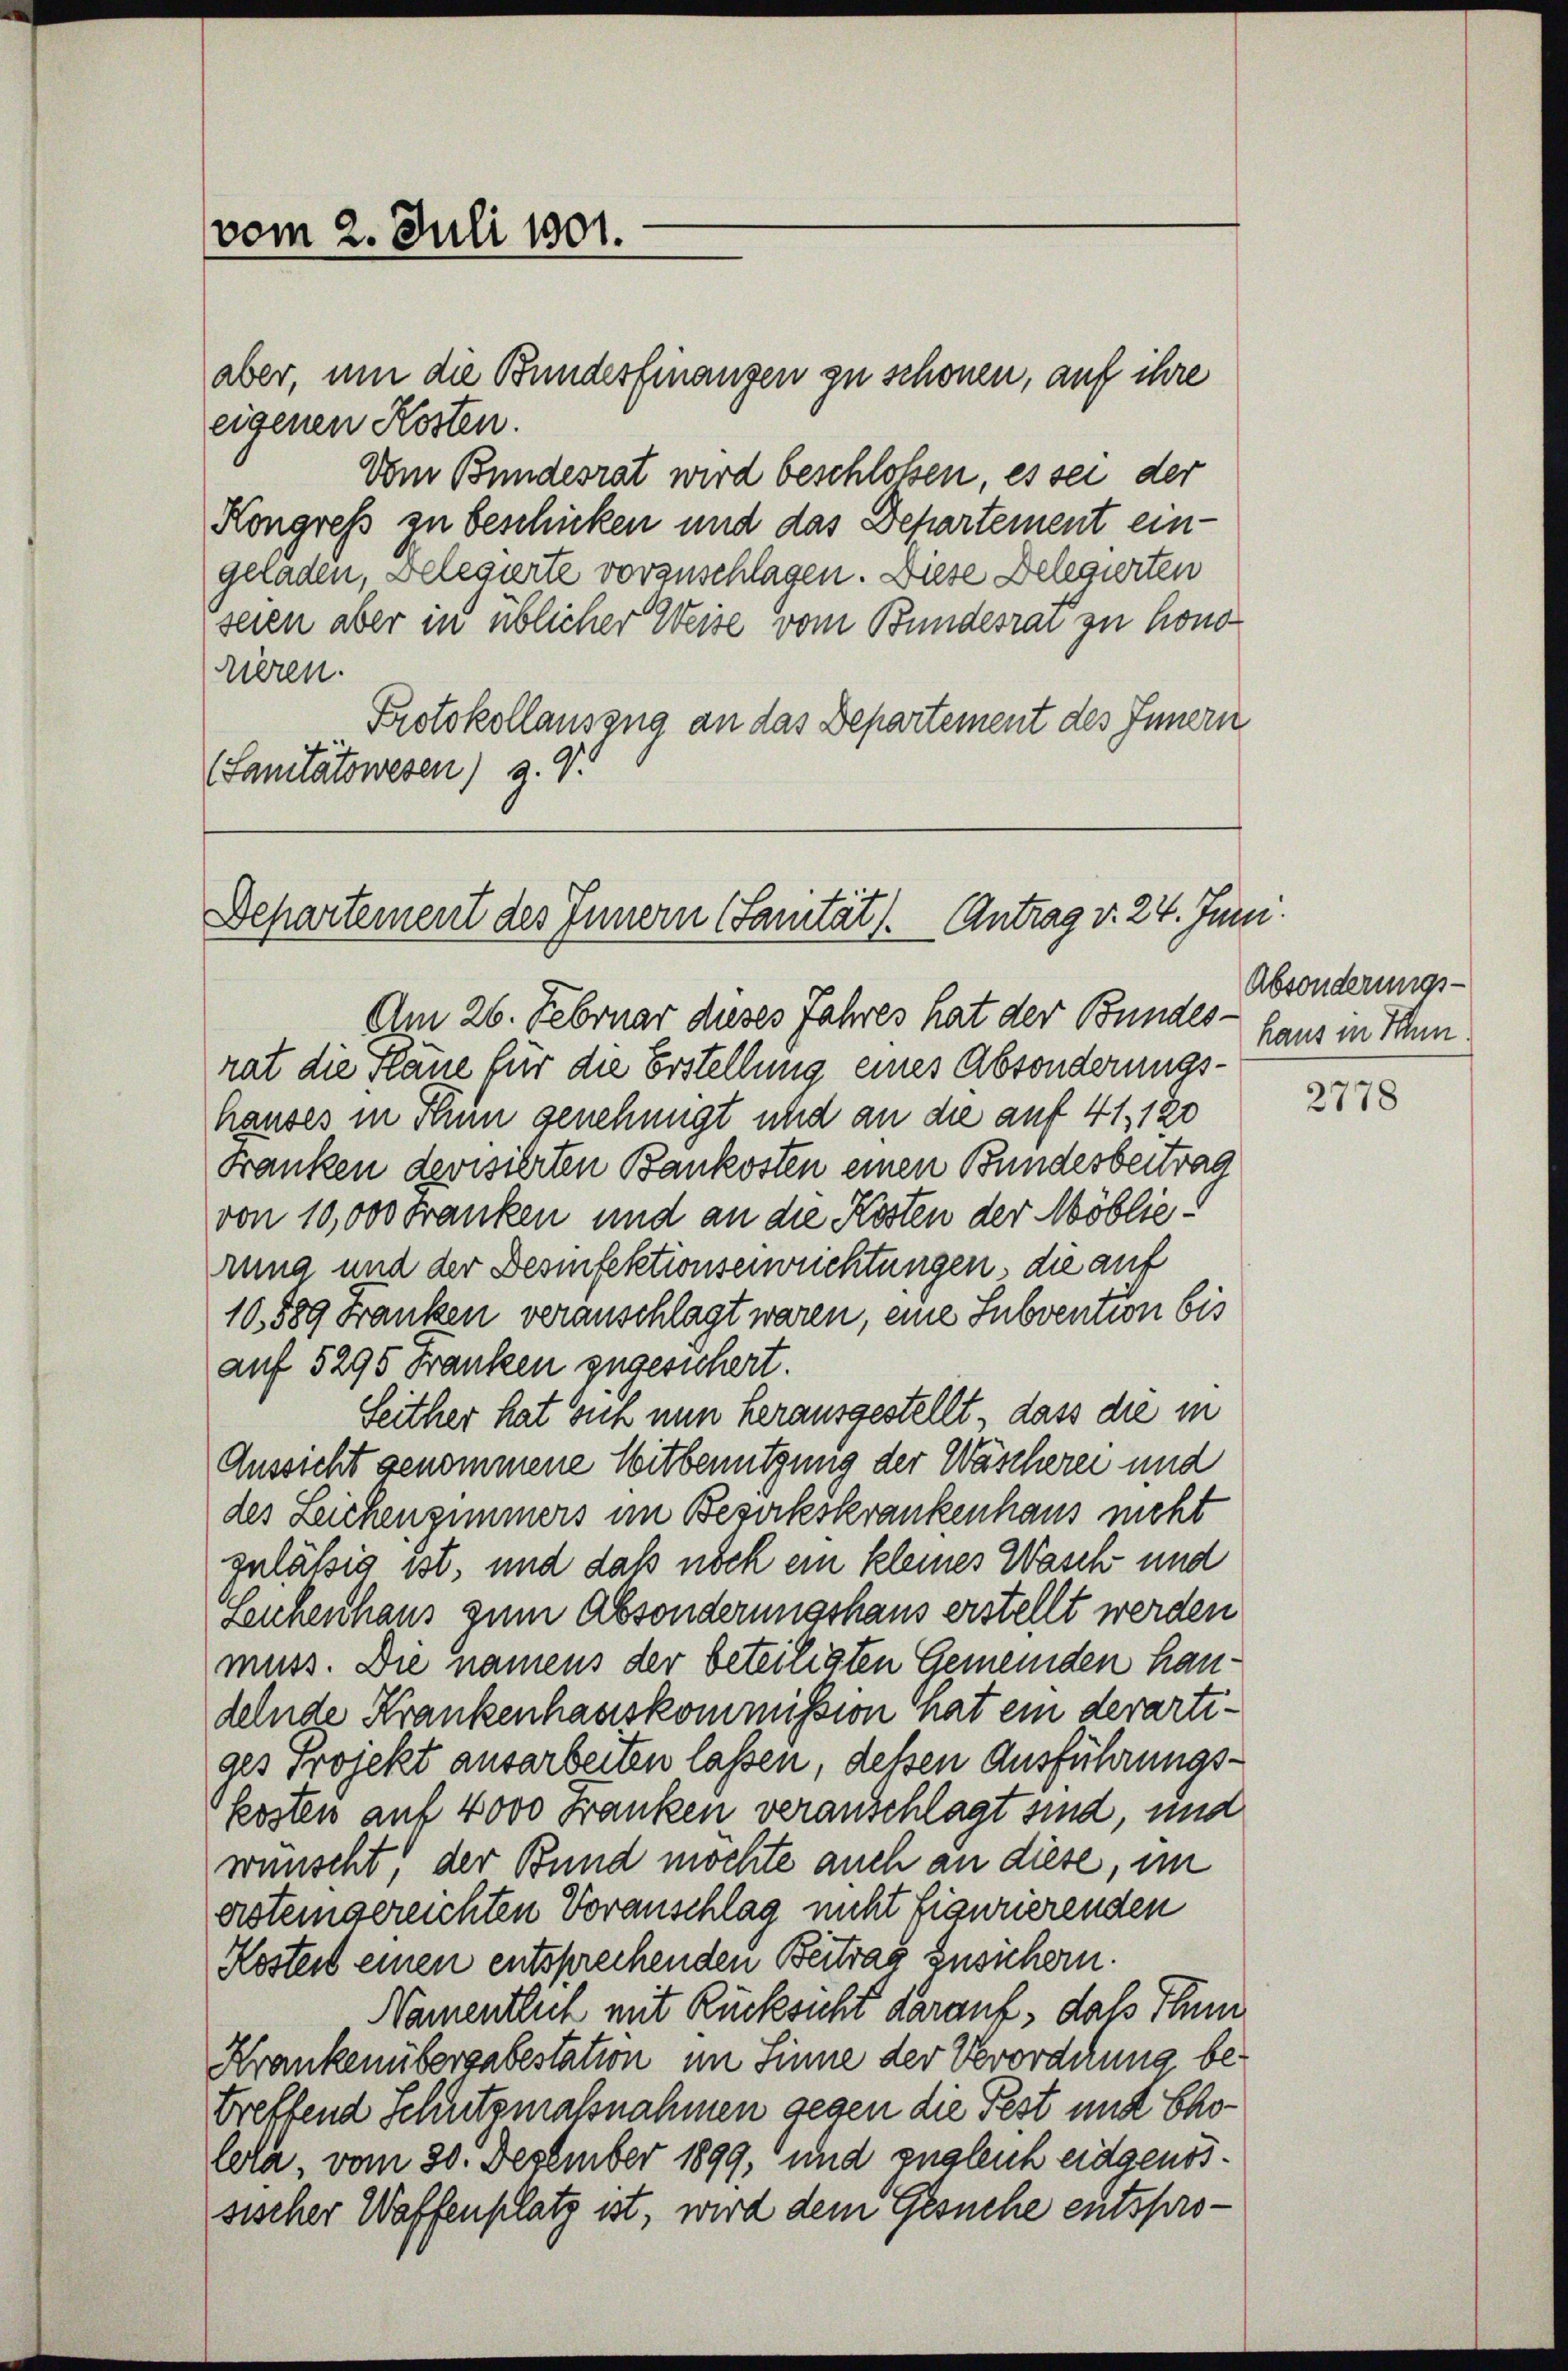
vom 2. Juli 1801.

aber, um die Bundesfinanzen zu schönen, auf ihre
eigenen Kosten.
Vom Bundesrat wird beschlossen, es sei der
Kongress zu beschicken und das Departement eingeladen, Delegierte vorzuschlagen. Diese Delegierten
seien aber in üblicher Weise vom Bundesrat zu hono
rieren.
Protokollauszug an das Departement des Innern
(Sanitätswesen) g. V.

Departement des Innern (Sanität. Antrag v. 24. Juni.

Am 26. Februar dieses Jahres hat der Bundes - haus in Thun
rat die Pläne für die Erstellung eines Absonderungshauses in Sinn genehmigt und an die auf 41, 120
Franken devisierten Baukosten einen Bundesbeitrag
von 10,000 Franken und an die Kosten der Möblierung und der Desinfektionseinrichtungen, die auf
10,889 Franken veranschlagt waren, eine Subvention bis
auf 5295 Franken zugesichert.
Seither hat sich nun herausgestellt, dass die in
Aussicht genommene Mitbenutzung der Wäscherei und
des Leichenzimmers im Bezirkskrankenhaus nicht
gulässig ist, und daß noch ein kleines Wasch und
Zeichenhaus zum Absonderungshaus erstellt werden
muss. Die namens der beteiligten Gemeinden haudelnde Krankenhauskommission hat ein derartiges Projekt ausarbeiten lassen, deßen Ausführungskosten auf 4000 Franken veranschlagt sind, und
wünscht, der Bund möchte auch an diese, im
ersteingereichten Voranschlag nicht figurierenden
Kostert einen entsprechenden Beitrag zusichern.
Namentlich mit Rücksicht darauf, daß Thun
Krankenübergabestation im Sinne der Verordnung betreffend Schutzmassnahmen gegen die Fest und Cholera, vom 30. Dezember 1899, und zugleich eidgenössischer Waffenplatz ist, wird dem Gesuche entspro¬

Absonderungs-

2778